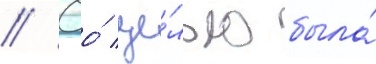
// Ео́ це́лью была́